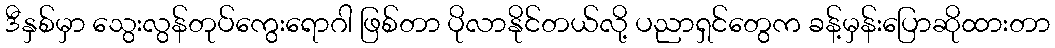
ဒီနှစ်မှာ သွေးလွန်တုပ်ကွေးရောဂါ ဖြစ်တာ ပိုလာနိုင်တယ်လို့ ပညာရှင်တွေက ခန့်မှန်းပြောဆိုထားတာ